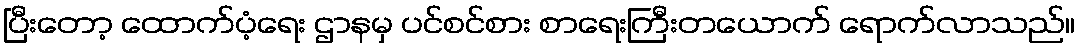
ပြီးတော့ ထောက်ပံ့ရေး ဌာနမှ ပင်စင်စား စာရေးကြီးတယောက် ရောက်လာသည်။